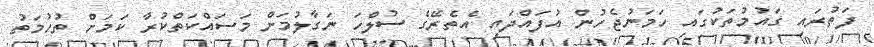
ފަތުރައި ގައުމުތަކުގައި ހަމަނުޖެހުން އުފައްދައި އެތެރޭގެ ސުލްހަ ނަގާލުމަށް މަސައްކަތްކުރާ ކަމަށް ތުހުމަތު